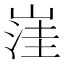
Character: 𱛿